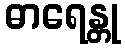
ဓာရေန္တု